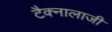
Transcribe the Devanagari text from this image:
टैक्नालाजी